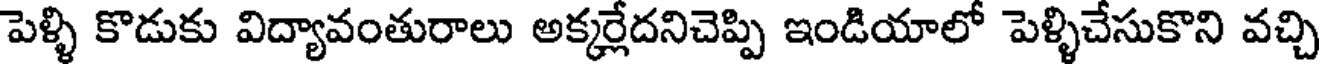
పెళ్ళి కొడుకు విద్యావంతురాలు అక్కర్లేదనిచెప్పి ఇండియాలో పెళ్ళిచేసుకొని వచ్చి